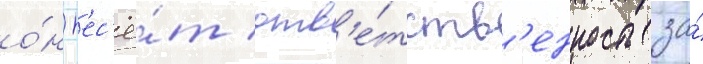
о́н н'ес'ё́т отв'е́тств'енность за́